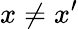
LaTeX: x\neq x^{\prime}